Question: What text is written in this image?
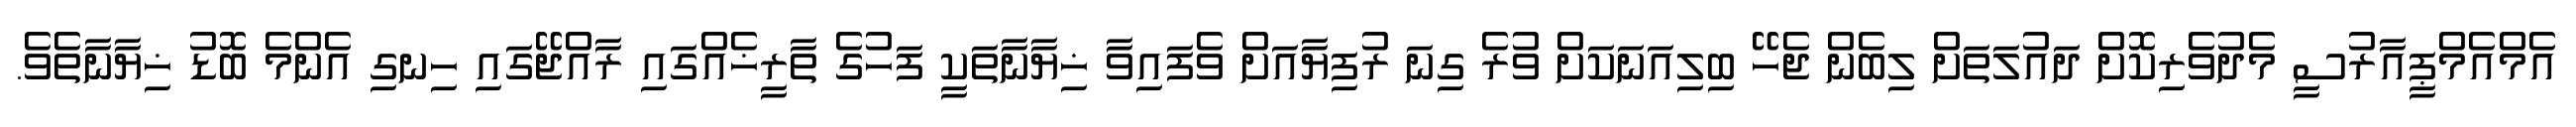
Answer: އެމްއެމްޕީއާރުސީ މެދުވެރިކޮށް ދައުލަތަށް ލިބެން ޖެހޭ ބިލިއަނަކަށް ވުރެ ގިނަ ރުފިޔާއަށް ވެފައިވާ ޚިޔާނާތަކީ ފަހުގެ ތާރީޚެއްގައި ރާއްޖޭގައި ހިނގި އެންމެ ބޮޑު ޚިޔާނާތެވެ.